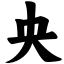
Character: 央